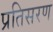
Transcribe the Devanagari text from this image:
प्रतिसरण